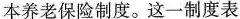
本养老保险制度。这一制度表